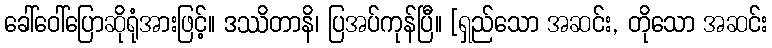
ခေါ်ဝေါ်ပြောဆိုရုံအားဖြင့်။ ဒဿိတာနိ၊ ပြအပ်ကုန်ပြီ။ [ရှည်သော အဆင်း, တိုသော အဆင်း